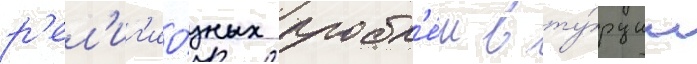
р'ел'иг'ио́зных пробл'е́м в ту́рции